Vital statistics of India. Vol. IV, Annual returns from 1871 to 1876. British Army of India, Native Army and jails of Bengal
Year: 1871
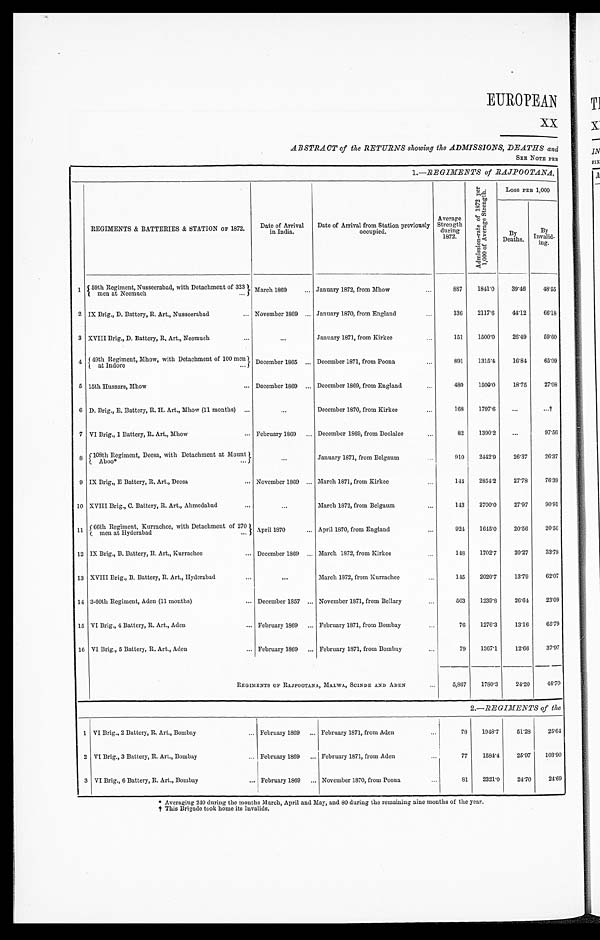
EUROPEAN
ABSTRACT of the RETURNS showing the ADMISSIONS, DEATHS and
S EE NOTE PRE
1.—REGIMENTS of RAJPOOTANA,
REGIMENTS & BATTERIES & STATION OF 1872.
Date of Arrival
in India.
Date of Arrival from Station previously
occupied.
Average
Strength
during
1872.
A d m i s s i o n - r a t e o f 1 8 7 2 p e r 1 , 0 0 0 o f A v e r a g e S t r e n g t h .
LOSS PER 1,000
By
Deaths.
By
Invalid-
ing.
1
59th Regiment, Nusseerabad, with Detachment of 323
men at Neemuch
March 1869 . . . January 1872, from Mhow
...
887
1841.0
39.46
48.55
2 IX Brig., D. Battery, R. Art., Nusseerabad
... November 1869 ... January 1870, from England
136
2117.6
44.12
66.18
3 XVIII Brig., D. Battery, R, Art., Neemuch...
...
January 1871, from Kirkee
...
151
1500.0
26.49
59.60
4
49th Regiment, Mhow, with Detachment of 100 men
at indore
December 1865 ... December 1871, from Poona
891
1315.4
16.84
65.09
5 15th Hussars, Mhow
... December 1869 ... December 1869, from England
480
1500.0
18.75
27.08
6 D. Brig., E. Battery, R. H. Art., Mhow (11 months) ...
...
December 1870, from Kirkee
...
168
1797.6
...
7 VI Brig., 1 Battery, R. Art., Mhow
... February 1869
... December 1869, from Deolalee
...
82
1390.2
...
97.56
8 108th Regiment, Deesa, with Detachment at Mount
Aboo*
...
January 1871, from Belgaum
910
2442.9
26.37
26.37
9 IX Brig„ E Battery, R, Art., Deesa
... November 1869 ... March 1871, from Kirkee
...
1 4 4
2854.2
27.78
76.39
10 XVIII Brig., C. Battery, R. Art., Ahmedabad
...
...
March 1872, from Belgaum...
143
2700.0
27.97
90.91
11 "
66th Regiment, Kurrachee, with Detachment of 270
men at Hyderabad
April 1870
... April 1870, from England
...
924
1645.0
20.56
20.56
12 IX Brig., B. Battery, R. Art., Kurrachee
... December 1869 ... March 1872, from Kirkee
...
1 4 8
1702.7
20.27
33.78
13 XVIII Brig., B. Battery, R. Art., Hyderabad...
...
March 1872, from Kurrachee
145
2020.7
13.79
62.07
14 3-60th Regiment, Aden (11 months)
... December 1857 ... November 1871, from Bellary
...
5 6 3
1239.8
26.64
23.09
15 VI Brig., 4 Battery, R. Art., Aden
... February 1869
... February 1871, from Bombay
.. .
76
1276.3
13.16
65.79
16 VI Brig., 5 Battery, R. Art., Aden
... February 1869
... February 1871, from Bombay...
7 9
1367.1
12.66
37.97
REGIMENTS OF RAJPOOTANA, MALWA, SCINDE AND ADEN
...
5,867
1780.3
24.20
46.70
2.— REGIMENTS of the
1 VI Brig., 2 Battery, R. Art., Bombay
... February 1869
... February 1871, from Aden
...
78
1948.7
51.28
25.64
2 VI Brig., 3 Battery, R. Art., Bombay
... February 1869
... February 1871, from Aden
77
1584.4
25.97
103.90
3 VI Brig., 6 Battery, R. Art., Bombay
... February 1869
... November 1870, from Poona...
8 1 2321.0
24.70
24.69
*Aver agi ng 240 dur i ng t he mont hs Mar ch, Apr i l and May, and 80 dur i ng t he r emai ni ng ni ne mont hs of t he year .
†This Brigade took home its Invalids.